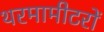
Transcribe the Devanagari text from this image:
थरमामीटरों